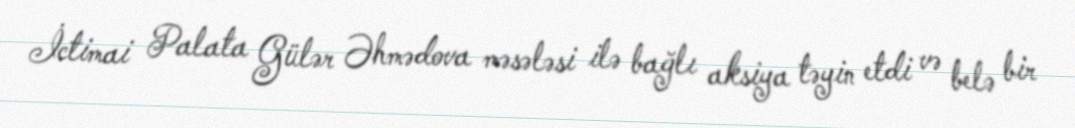
İctimai Palata Gülər Əhmədova məsələsi ilə bağlı aksiya təyin etdi və belə bir